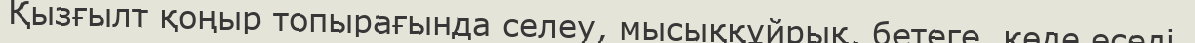
Қызғылт қоңыр топырағында селеу, мысыққұйрық, бетеге, көде өседі.